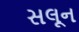
સલૂન